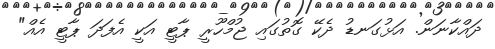
ދައްކާނަން. އަޅުގަނޑު ދެކޭ ގޮތުގައި ޖުމްހޫރީ ޕާޓީ އަކީ އެފަދަ ޕާޓީ އެއް"